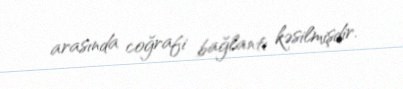
arasında coğrafi bağlantı kəsilmişdir.